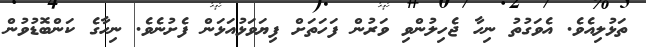
ތަޅުލިއެވެ. އެވަގުތު ނިހާ ޖެހިލުންވި ވަރުން ފަހަތަށް ފިޔަވަޅުއަޅަން ފެށުނެވެ. ނިހާގެ ކަންބޮޑުވުން